Indian Civil Veterinary Department memoirs
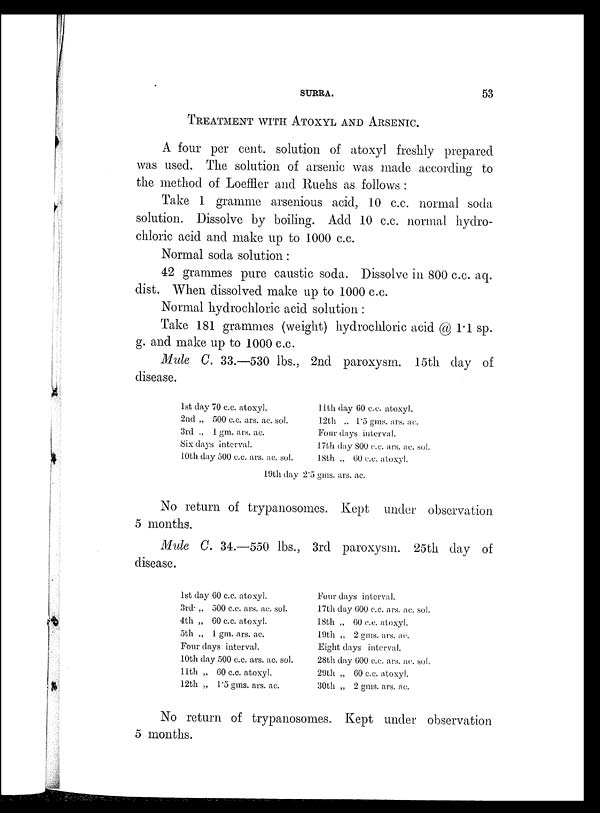
SURRA.
53
TREATMENT WITH ATOXYL AND ARSENIC.
A four per cent. solution of atoxyl freshly prepared
was used. The solution of arsenic was made according to
the method of Loeffler and Ruehs as follows:
Take 1 gramme arsenious acid, 10 c.c. normal soda
solution. Dissolve by boiling. Add 10 c.c. normal hydro-
chloric acid and make up to 1000 c.c.
Normal soda solution:
42 grammes pure caustic soda. Dissolve in 800 c.c. aq.
dist. When dissolved make up to 1000 c.c.
Normal hydrochloric acid solution:
Take 181 grammes (weight) hydrochloric acid @ 1.1 sp.
g. and make up to 1000 c.c.
Mule C. 33.—530 lbs., 2nd paroxysm. 15th day of
disease.
1st day 70 c.c. atoxyl.
2nd „ 500 c.c. ars. ac. sol.
3rd „ 1 gm. ars. ac.
Six days interval.
10th day 500 c.c. ars. ac. sol.
11th day 60 c.c. atoxyl.
12th „ 1.5 gms. ars. ac.
Four days interval.
17th day 800 c.c. ars. ac. sol.
18th „ 60 c.c. atoxyl.
19th day 2.5 gms. ars. ac.
No return of trypanosomes. Kept under observation
5 months.
Mule C. 34.—550 lbs., 3rd paroxysm. 25th day of
disease.
1st day 60 c.c. atoxyl.
3rd. „ 500 c.c. ars. ac. sol.
4th „ 60 c.c. atoxyl.
5th „ 1 gm. ars. ac.
Four days interval.
10th day 500 c.c. ars. ac. sol.
11th „ 60 c.c. atoxyl.
12th „ 1.5 gms. ars. ac.
Four days interval.
17th day 600 c.c. ars. ac. sol.
18th „ 60 c.c. atoxyl.
19th „ 2 gms. ars. ac.
Eight days interval.
28th day 600 c.c. ars. ac. sol.
29th „ 60 c.c. atoxyl.
30th „ 2 gms. ars. ac.
No return of trypanosomes. Kept under observation
5 months.